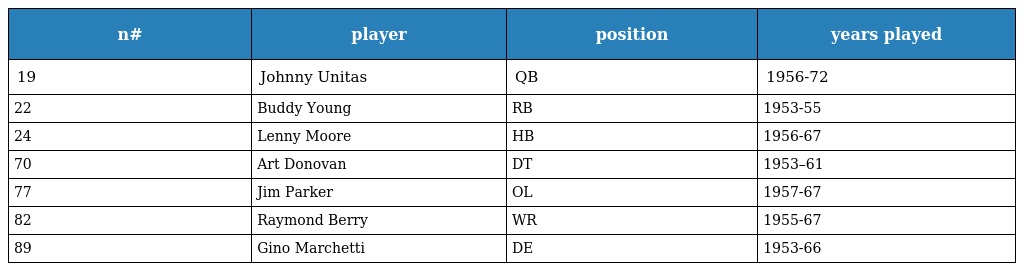
| n# | player | position | years played |
 | --- | --- | --- | --- |
 | 19 | Johnny Unitas | QB | 1956-72 |
 | 22 | Buddy Young | RB | 1953-55 |
 | 24 | Lenny Moore | HB | 1956-67 |
 | 70 | Art Donovan | DT | 1953–61 |
 | 77 | Jim Parker | OL | 1957-67 |
 | 82 | Raymond Berry | WR | 1955-67 |
 | 89 | Gino Marchetti | DE | 1953-66 |